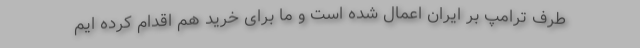
طرف ترامپ بر ایران اعمال شده است و ما برای خرید هم اقدام کرده ایم